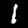
Label: 1